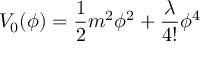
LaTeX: V _ { 0 } ( \phi ) = \frac { 1 } { 2 } m ^ { 2 } \phi ^ { 2 } + \frac { \lambda } { 4 ! } \phi ^ { 4 }